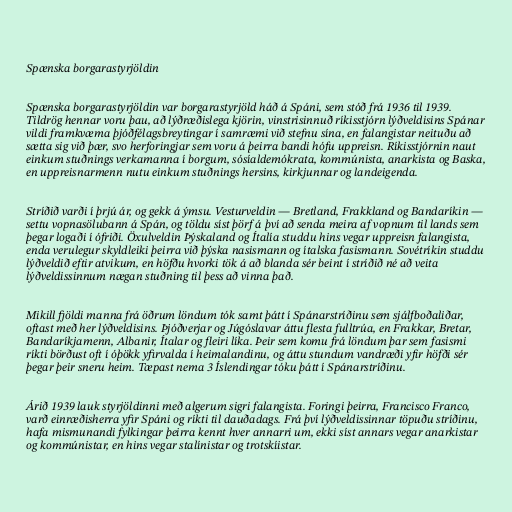
Spænska borgarastyrjöldin

Spænska borgarastyrjöldin var borgarastyrjöld háð á Spáni, sem stóð frá 1936 til 1939.
Tildrög hennar voru þau, að lýðræðislega kjörin, vinstrisinnuð ríkisstjórn lýðveldisins Spánar
vildi framkvæma þjóðfélagsbreytingar í samræmi við stefnu sína, en falangistar neituðu að
sætta sig við þær, svo herforingjar sem voru á þeirra bandi hófu uppreisn. Ríkisstjórnin naut
einkum stuðnings verkamanna í borgum, sósíaldemókrata, kommúnista, anarkista og Baska,
en uppreisnarmenn nutu einkum stuðnings hersins, kirkjunnar og landeigenda.

Stríðið varði í þrjú ár, og gekk á ýmsu. Vesturveldin — Bretland, Frakkland og Bandaríkin —
settu vopnasölubann á Spán, og töldu síst þörf á því að senda meira af vopnum til lands sem
þegar logaði í ófriði. Öxulveldin Þýskaland og Ítalía studdu hins vegar uppreisn falangista,
enda verulegur skyldleiki þeirra við þýska nasismann og ítalska fasismann. Sovétríkin studdu
lýðveldið eftir atvikum, en höfðu hvorki tök á að blanda sér beint í stríðið né að veita
lýðveldissinnum nægan stuðning til þess að vinna það.

Mikill fjöldi manna frá öðrum löndum tók samt þátt í Spánarstríðinu sem sjálfboðaliðar,
oftast með her lýðveldisins. Þjóðverjar og Júgóslavar áttu flesta fulltrúa, en Frakkar, Bretar,
Bandaríkjamenn, Albanir, Ítalar og fleiri líka. Þeir sem komu frá löndum þar sem fasismi
ríkti börðust oft í óþökk yfirvalda í heimalandinu, og áttu stundum vandræði yfir höfði sér
þegar þeir sneru heim. Tæpast nema 3 Íslendingar tóku þátt í Spánarstríðinu.

Árið 1939 lauk styrjöldinni með algerum sigri falangista. Foringi þeirra, Francisco Franco,
varð einræðisherra yfir Spáni og ríkti til dauðadags. Frá því lýðveldissinnar töpuðu stríðinu,
hafa mismunandi fylkingar þeirra kennt hver annarri um, ekki síst annars vegar anarkistar
og kommúnistar, en hins vegar stalínistar og trotskíistar.